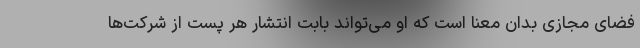
فضای مجازی بدان معنا است که او می‌تواند بابت انتشار هر پست از شرکت‌ها